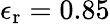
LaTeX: \epsilon_{\mathrm{r}}=0.85